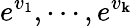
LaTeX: e^{v_{1}},\cdots,e^{v_{\mathbf{k}}}